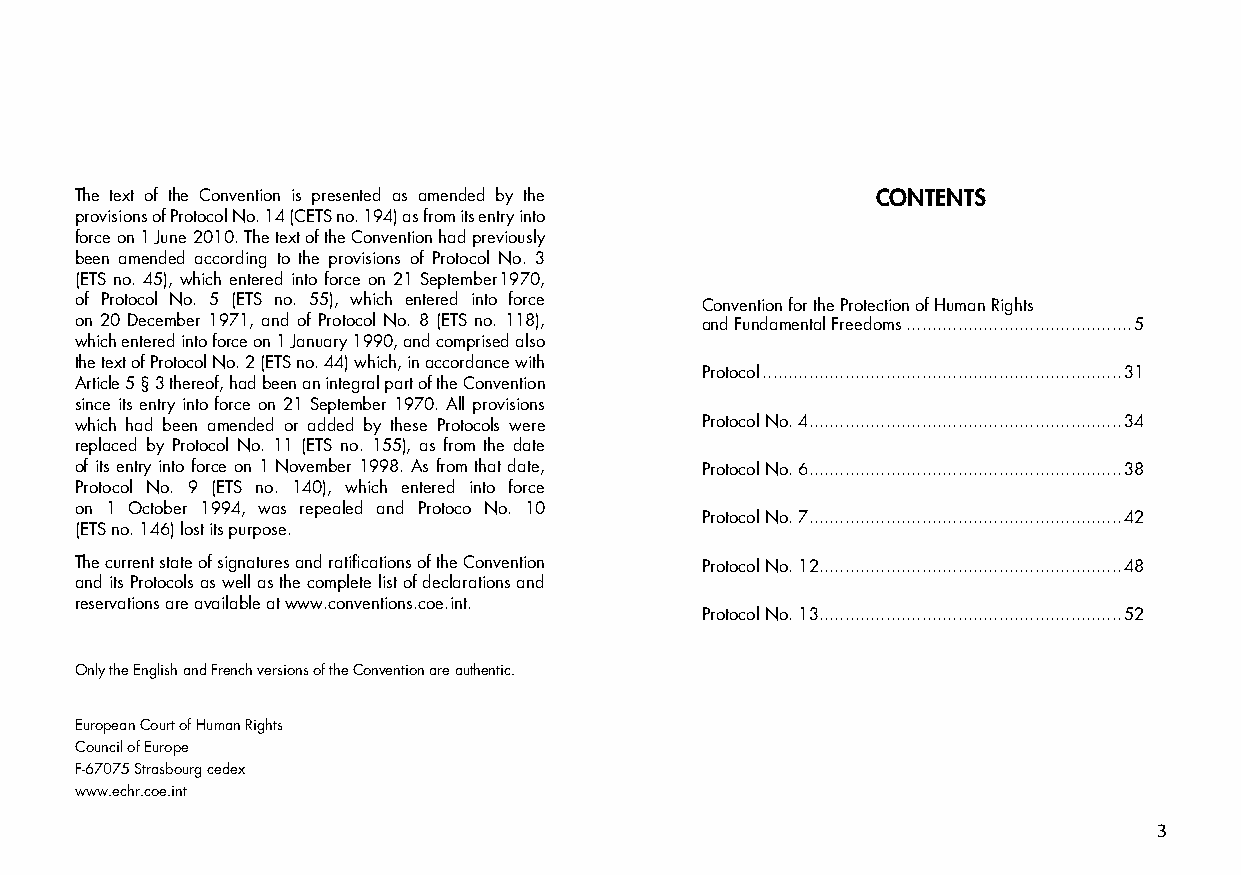
The text of the Convention is presented as amended by the CONTENTS
 provisions of Protocol No. 14 (CETS no. 194) as from its entry into
 force on 1 June 2010. The text of the Convention had previously
 been amended according to the provisions of Protocol No. 3
 (ETS no. 45), which entered into force on 21 September 1970,
 of Protocol No. 5 (ETS no. 55), which entered into force Convention for the Protection of Human Rights
 on 20 December 1971, and of Protocol No. 8 (ETS no. 118), and Fundamental Freedoms ............................................5
 which entered into force on 1 January 1990, and comprised also
 the text of Protocol No. 2 (ETS no. 44) which, in accordance with
 Protocol ......................................................................31
 Article 5 § 3 thereof, had been an integral part of the Convention
 since its entry into force on 21 September 1970. All provisions
 which had been amended or added by these Protocols were Protocol No. 4.............................................................34
 replaced by Protocol No. 11 (ETS no. 155), as from the date
 of its entry into force on 1 November 1998. As from that date, Protocol No. 6.............................................................38
 Protocol No. 9 (ETS no. 140), which entered into force
 on 1 October 1994, was repealed and Protoco No. 10
 Protocol No. 7.............................................................42
 (ETS no. 146) lost its purpose.
 The current state of signatures and ratifications of the Convention Protocol No. 12...........................................................48
 and its Protocols as well as the complete list of declarations and
 reservations are available at www.conventions.coe.int.
 Protocol No. 13...........................................................52
 Only the English and French versions of the Convention are authentic.
 European Court of Human Rights
 Council of Europe
 F-67075 Strasbourg cedex
 www.echr.coe.int
 3